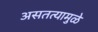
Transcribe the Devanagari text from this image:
असतत्यामुळे